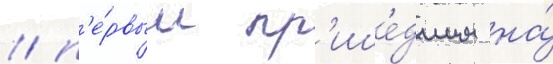
/ п'е́рвым пр'ише́дшим на́